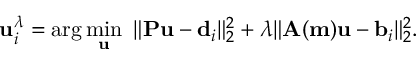
\mathbf { u } _ { i } ^ { \lambda } = \arg \operatorname* { m i n } _ { \mathbf { u } } ~ \| \mathbf { P u } - \mathbf { d } _ { i } \| _ { 2 } ^ { 2 } + \lambda \| \mathbf { A ( m ) } \mathbf { u } - \mathbf { b } _ { i } \| _ { 2 } ^ { 2 } .